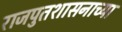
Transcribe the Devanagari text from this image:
राजपुतशासनाच्या